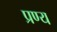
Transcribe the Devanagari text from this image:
प्रण्य